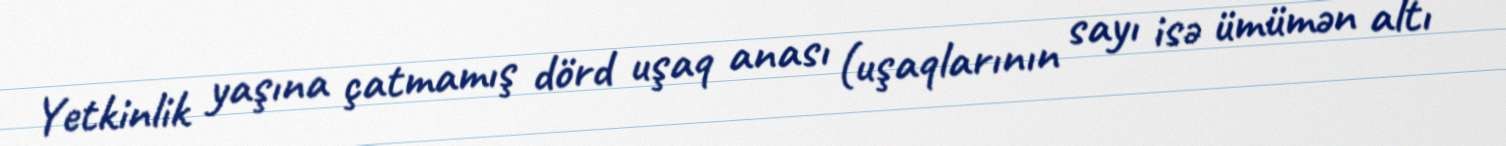
Yetkinlik yaşına çatmamış dörd uşaq anası (uşaqlarının sayı isə ümümən altı